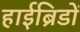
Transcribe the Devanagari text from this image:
हाईब्रिडों